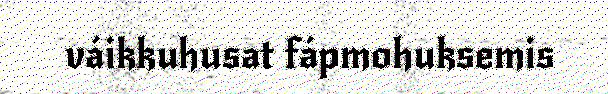
váikkuhusat fápmohuksemis